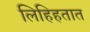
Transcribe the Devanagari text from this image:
लिहिहतात